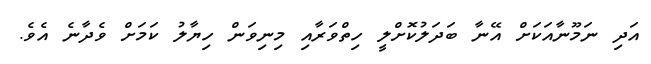
އަދި ނަމޫނާއަކަށް އޭނާ ބަދަލުކޮށްލީ ހިތްވަރާއި މިނިވަން ހިޔާލު ކަމަށް ވެދާނެ އެވެ.